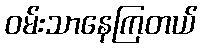
ဝမ်းသာနေကြတယ်